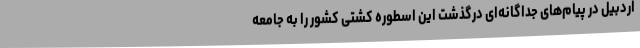
اردبیل در پیام‌های جداگانه‌ای درگذشت این اسطوره کشتی کشور را به جامعه